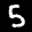
Label: 5